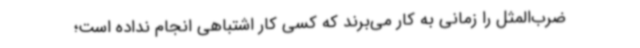
ضرب‌المثل را زمانی به کار می‌برند که کسی کار اشتباهی انجام نداده است؛